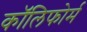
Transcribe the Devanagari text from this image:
कॉलिफोर्म